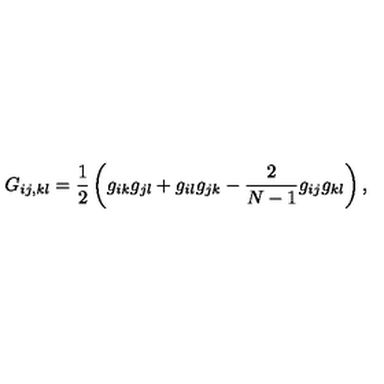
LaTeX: G _ { i j , k l } = \frac { 1 } { 2 } \left( g _ { i k } g _ { j l } + g _ { i l } g _ { j k } - \frac { 2 } { N - 1 } g _ { i j } g _ { k l } \right) ,